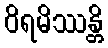
ဝိရမိဿန္တိ